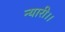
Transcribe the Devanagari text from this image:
न्यारी।।